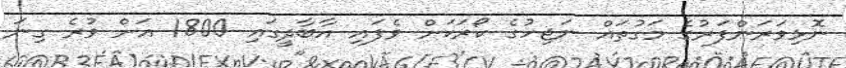
ނޮޅިވަރަންފަރުގެ މަގުތައް ނަޖިހުގެ ކޯރަކަށް ވެފައި އާބާދީގައި 1800 އަށް ވުރެ ގިނަ